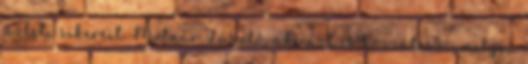
üzleti sikereit Molnár László, aki azt is hozzáteszi, milyen